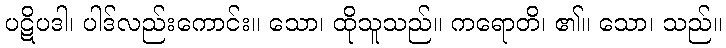
ပဋိပဒါ၊ ပါဒ်လည်းကောင်း။ သော၊ ထိုသူသည်။ ကရောတိ၊ ၏။ သော၊ သည်။